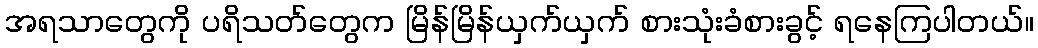
အရသာတွေကို ပရိသတ်တွေက မြိန်မြိန်ယှက်ယှက် စားသုံးခံစားခွင့် ရနေကြပါတယ်။